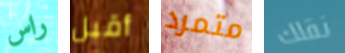
راس أقبل متمرد نقلك